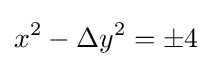
x^{2}-\Delta y^{2}=\pm 4